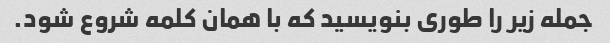
جمله زیر را طوری بنویسید که با همان کلمه شروع شود.